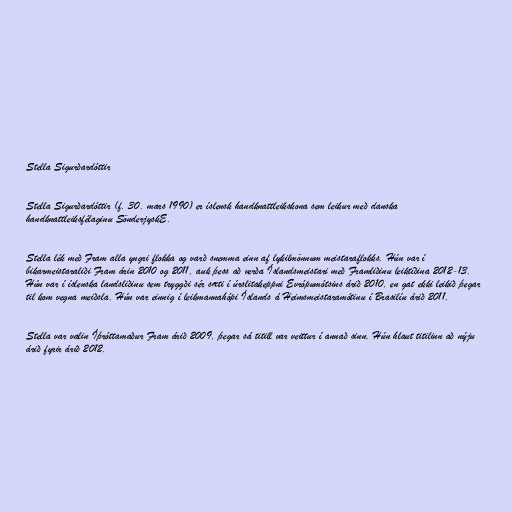
Stella Sigurðardóttir

Stella Sigurðardóttir (f. 30. mars 1990) er íslensk handknattleikskona sem leikur með danska
handknattleiksfélaginu Sönd­erjyskE.

Stella lék með Fram alla yngri flokka og varð snemma einn af lykilmönnum meistaraflokks. Hún var í
bikarmeistaraliði Fram árin 2010 og 2011, auk þess að verða Íslandsmeistari með Framliðinu leiktíðina 2012-13.
Hún var í íslenska landsliðinu sem tryggði sér sæti í úrslitakeppni Evrópumótsins árið 2010, en gat ekki leikið þegar
til kom vegna meiðsla. Hún var einnig í leikmannahópi Íslands á Heimsmeistaramótinu í Brasilíu árið 2011.

Stella var valin Íþróttamaður Fram árið 2009, þegar sá titill var veittur í annað sinn. Hún hlaut titilinn að nýju
árið fyrir árið 2012.